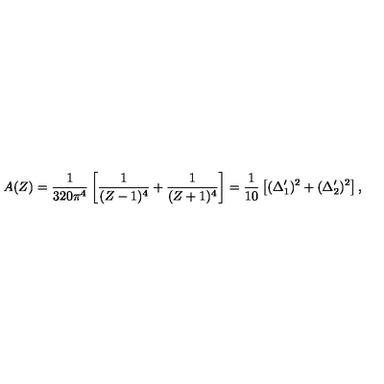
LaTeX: A ( Z ) = { \frac { 1 } { 3 2 0 \pi ^ { 4 } } } \left[ { \frac { 1 } { ( Z - 1 ) ^ { 4 } } } + { \frac { 1 } { ( Z + 1 ) ^ { 4 } } } \right] = { \frac { 1 } { 1 0 } } \left[ ( \Delta _ { 1 } ^ { \prime } ) ^ { 2 } + ( \Delta _ { 2 } ^ { \prime } ) ^ { 2 } \right] ,